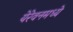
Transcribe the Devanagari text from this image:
येरेवनमध्ये